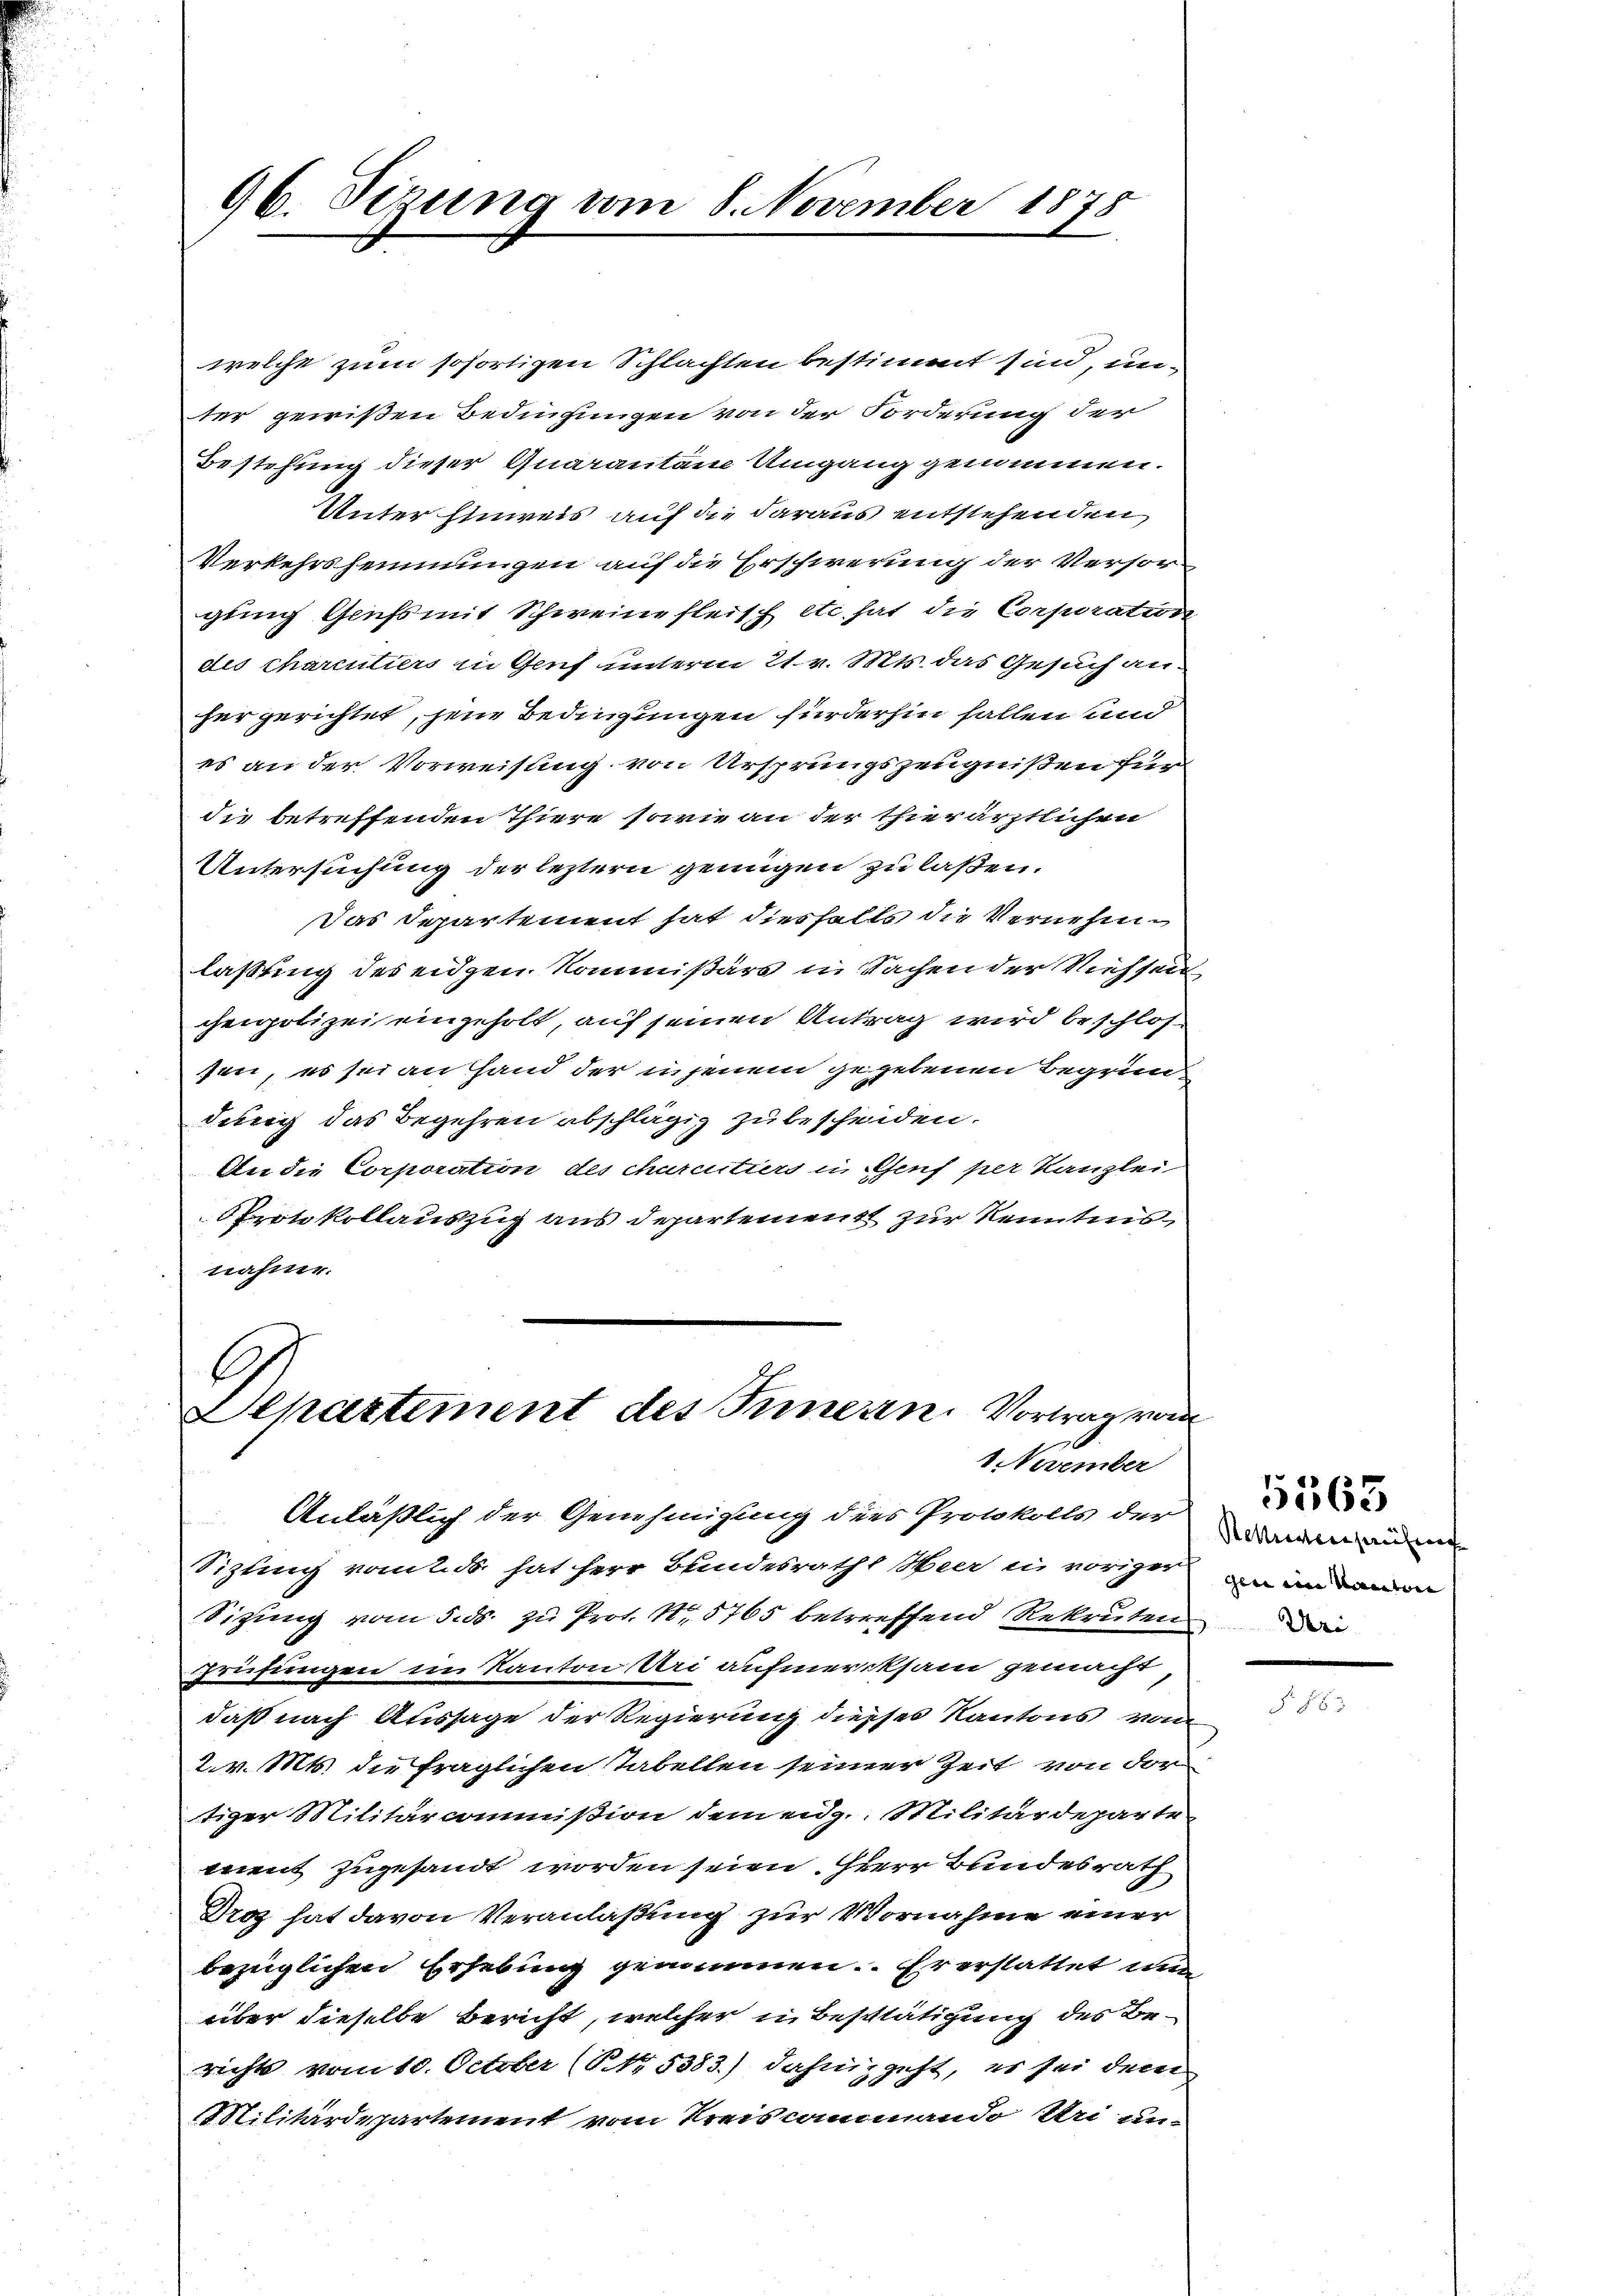
96. Ferung vom 8. November 1878

welche zum sofortigen Schlachten bestimmt sind, un-
ter gewißen Bedingungen von der Forderung der
Bestehung dieser Quarantaine Umgang genommen.
Unter Einweis auf die daraus entstehenden
Verkehrshemmungen auf die Erschwerung der Versorgung Geifs mit Schweine fleisch etc. hat die Corporation
des charentiers in Genf unterm 21. v. Mts. das Gesuch anhergerichtet, jene Bedingungen fürderhin fallen und
es an der Vorweisung von Ursprungszeugnißen für
die betreffenden Thiere, sowie an der thierärztlichen
Untersuchung der leztern genügen zu laßen.
Das Departement hat diesfalls die Vernehmlaßung des eidgen. Kommißärs in Sachen der Viehsen
ceipolizei eingeholt, auf seinen Antrag wird beschlos
sen, es sei an Hand der in jenem gegebenen Begründung das Begehren abschlägig zu bescheiden.
An die Corporation des churcitiers in Genf per Kanzlei
Protokollauszug aus Departement zur Kenntnisnahme.

A
Departement des Innern. Vortrag vom
1 November

Anläßlich der Genehmigung dies Protokolls der Wann au
Siztung vom 25. hat herr Bundesraths Heer in vorige, an in demn
Sitzung vom 5. ds. zu Prot. Nr. 5765 betreffend Rekrutend
Prüfungen im Kanton Uri aufmerksam gemacht
daß nach Aussage der Regierung diesses Kantons vom
2. v. Mts. die fraglichen Tabellen seiner Zeit von der
tiger Militarcommißion dem eidg. Militärdeparte
ment zugesandt worden seien. Herr Bundesrath
Droz hat davon Veranlaßung zur Vornahme einer
bezüglichen Erhebung genommen. Er erstattet nun
über dieselbe Bericht, welcher in Beschlätigung des Berichts vom 10. October (NNo. 5383.) dahin geht, es sei dem
Militärdepartement vom Kreisammando Uri un

5563